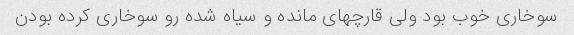
سوخاری خوب بود ولی قارچهای مانده و سیاه شده رو سوخاری کرده بودن